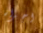
اجراء